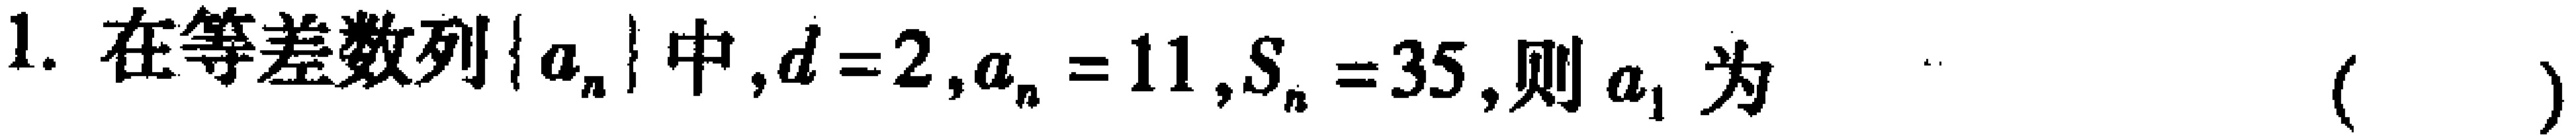
1. 在等差数列\(\{ a_{n}\}\)中，\(d = 2\)，\(a_{n}=11\)，\(S_{n}=35\)，则\(a_{1}\)为  （  ）